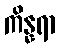
ကိန္နရာ